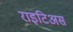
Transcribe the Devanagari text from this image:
राइटिअस